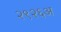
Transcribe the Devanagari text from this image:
२९२६अ